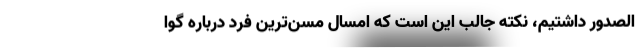
الصدور داشتیم، نکته جالب این است که امسال مسن‌ترین فرد درباره گوا